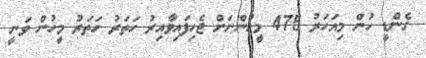
ގެންޑީ ހުން މިއަހަރު 475 މީހުންނަށް ޖެހިފައިވާއިރު ހަތަރު ހަތަރު މީހުން ވަނީ